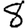
Digit: 8